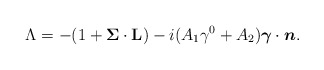
\begin{align*}\Lambda = -(1+{{\mbox{\boldmath $ \Sigma$}}\cdot{\bf L}})-i(A_1\gamma^0+A_2){\mbox{\boldmath $ \gamma$}}\cdot{\mbox{\boldmath $n$}}.\end{align*}